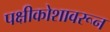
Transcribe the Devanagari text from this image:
पक्षीकोशावरून